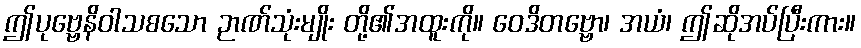
ဤပုဗ္ဗေနိဝါသစသော ဉာဏ်သုံးမျိုး တို့၏အထူးကို။ ဝေဒိတဗ္ဗော၊ အယံ၊ ဤဆိုအပ်ပြီးကား။